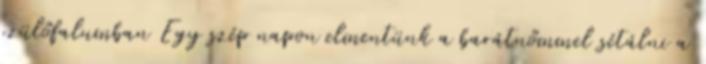
szülőfalumban Egy szép napon elmentünk a barátnőmmel sétálni a